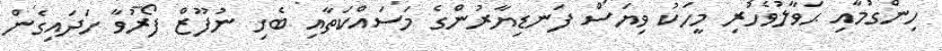
ހިންގުމާއި ޙަވާލުވެހުރި މީހަކު ވިޔަސް ފަނޑިޔާރުންގެ މަސައްކަތާއި ބެހި ނުފޫޒް ފޯރުވާ ހަދައިގެން